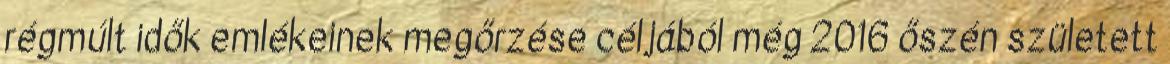
régmúlt idők emlékeinek megőrzése céljából még 2016 őszén született